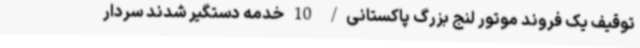
توقیف یک فروند موتور لنج بزرگ پاکستانی/ 10 خدمه دستگیر شدند سردار